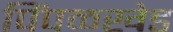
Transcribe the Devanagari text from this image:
पिंपळखेड